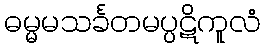
ဓမ္မမသင်္ခတမပ္ပဋိကူလံ